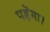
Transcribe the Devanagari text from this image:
पड़ॆगा।